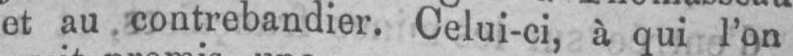
et au contrebandier. Celui-ci, à qui l’on